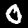
Label: 0